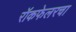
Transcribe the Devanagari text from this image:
रॉकफेलरचा